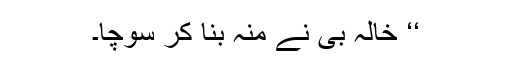
‘‘ خالہ بی نے منہ بنا کر سوچا۔